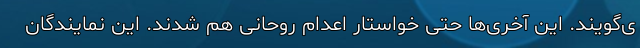
ی‌گویند. این آخری‌ها حتی خواستار اعدام روحانی هم شدند. این نمایندگان